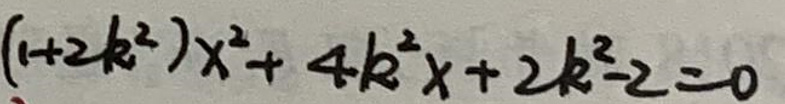
$( 1 + 2 k ^ { 2 } ) x ^ { 2 } + 4 k ^ { 2 } x + 2 k ^ { 2 } - 2 = 0$